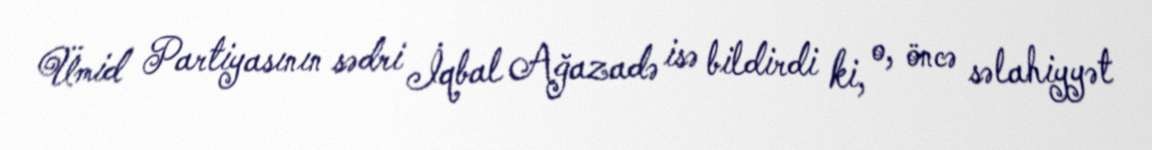
Ümid Partiyasının sədri İqbal Ağazadə isə bildirdi ki, o, öncə səlahiyyət